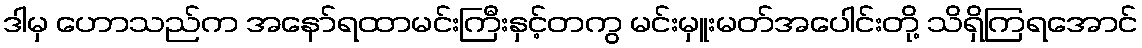
ဒါမှ ဟောသည်က အနော်ရထာမင်းကြီးနှင့်တကွ မင်းမှူးမတ်အပေါင်းတို့ သိရှိကြရအောင်